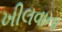
ખીલવાના